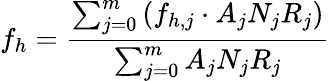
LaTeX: f_{h}=\frac{\sum_{j=0}^{m}\left(f_{h,j}\cdot A_{j}N_{j}R_{j}\right)}{\sum_{j=0}^{m}A_{j}N_{j}R_{j}}